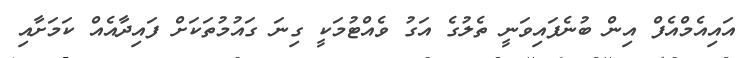
އައިއެމްއެފް އިން ބުނެފައިވަނީ ތެލުގެ އަގު ވެއްޓުމަކީ ގިނަ ގައުމުތަކަށް ފައިދާއެއް ކަމަށާއި